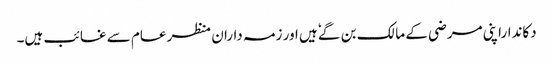
دکانداراپنی مرضی کے مالک بن گےٗ ہیں ا ور زمہ داران منظرعام سے غائب ہیں۔